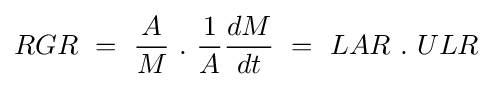
RGR\ =\ {\frac {A}{M}}\ .\ {\frac {1}{A}}{\frac {dM}{dt}}\ =\ LAR\ .\ ULR